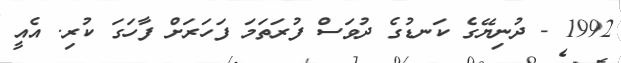
1992 - ދުނިޔޭގެ ކަނޑުގެ ދުވަސް ފުރަތަމަ ފަހަރަށް ފާހަގަ ކުރި. އެއީ